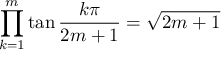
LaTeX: \prod _ { k = 1 } ^ { m } \tan { \frac { k \pi } { 2 m + 1 } } = { \sqrt { 2 m + 1 } }